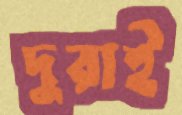
দুরাই